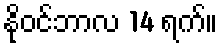
နိုဝင်ဘာလ 14 ရက်။